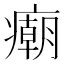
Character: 𰤂